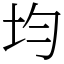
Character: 均